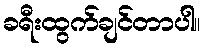
ခရီးထွက်ချင်တာပါ။